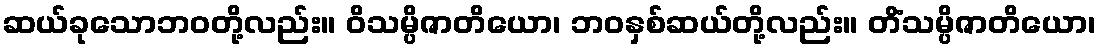
ဆယ်ခုသောဘဝတို့လည်း။ ဝိသမ္ပိဇာတိယော၊ ဘဝနှစ်ဆယ်တို့လည်း။ တိံသမ္ပိဇာတိယော၊